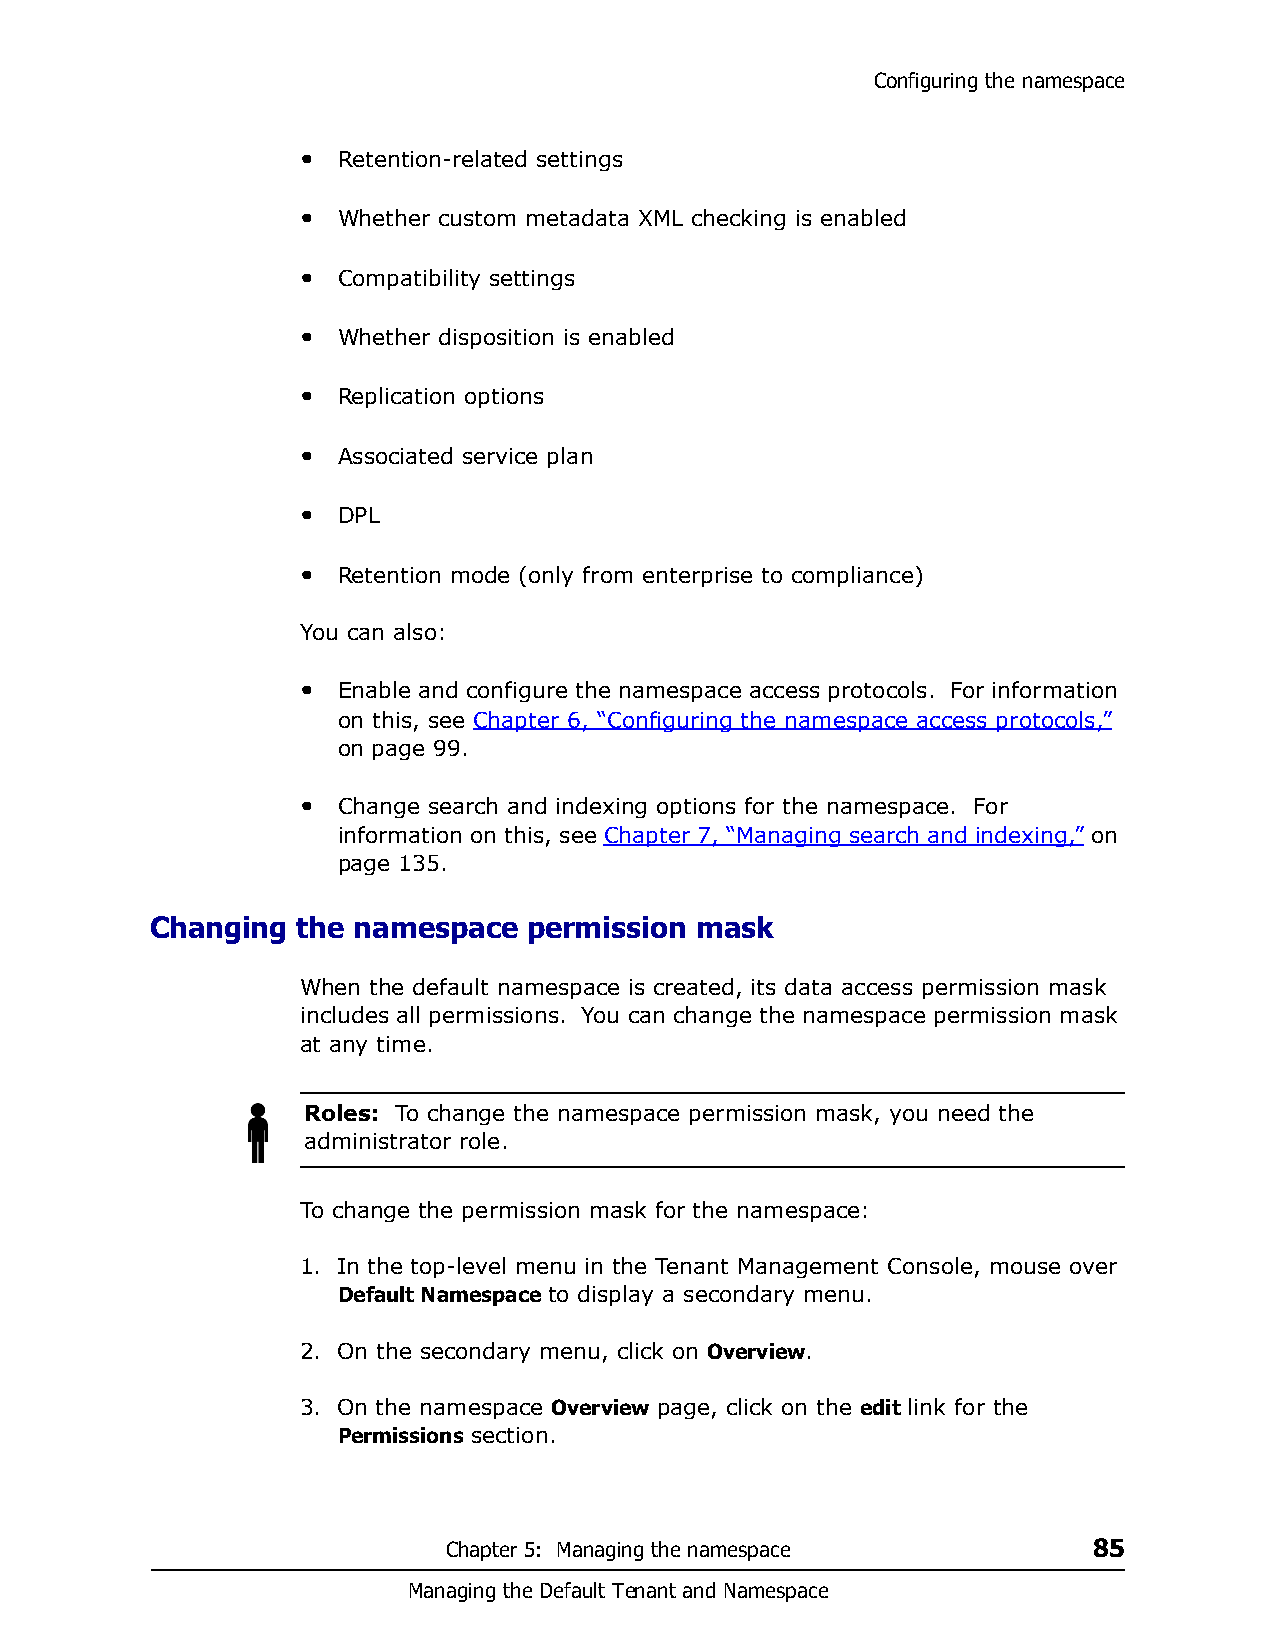
Configuring the namespace
 • Retention-related settings
 • Whether custom metadata XML checking is enabled
 • Compatibility settings
 • Whether disposition is enabled
 • Replication options
 • Associated service plan
 • DPL
 • Retention mode (only from enterprise to compliance)
 You can also:
 • Enable and configure the namespace access protocols. For information
 on this, see Chapter 6, “Configuring the namespace access protocols,”
 on page 99.
 • Change search and indexing options for the namespace. For
 information on this, see Chapter 7, “Managing search and indexing,” on
 page 135.
 Changing  the namespace  permission mask
 When the default namespace is created, its data access permission mask
 includes all permissions. You can change the namespace permission mask
 at any time.
 Roles: To change the namespace permission mask, you need the
 administrator role.
 To change the permission mask for the namespace:
 1. In the top-level menu in the Tenant Management Console, mouse over
 Default Namespace to display a secondary menu.
 2. On the secondary menu, click on Overview.
 3. On the namespace Overview page, click on the edit link for the
 Permissions section.
 Chapter 5: Managing the namespace         85
 Managing the Default Tenant and Namespace